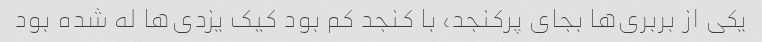
یکی از بربری‌ها بجای پرکنجد، با کنجد کم بود کیک یزدی‌ها له شده بود